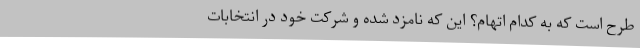
طرح است که به کدام اتهام؟ این که نامزد شده و شرکت خود در انتخابات